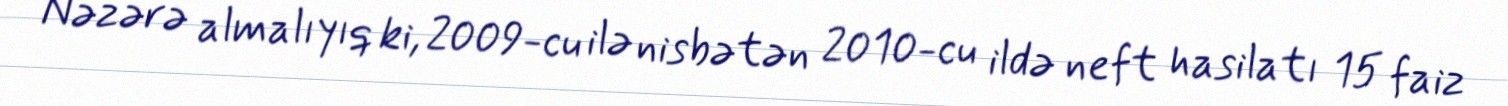
Nəzərə almalıyıq ki, 2009-cu ilə nisbətən 2010-cu ildə neft hasilatı 15 faiz